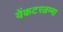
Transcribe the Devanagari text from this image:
वेंकटरत्नम्मा